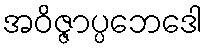
အဝိဇ္ဇာပ္ပဘေဒေါ